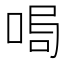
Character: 𠴁